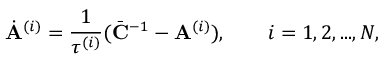
\dot { \mathbf { A } } ^ { ( i ) } = \frac { 1 } { \tau ^ { ( i ) } } ( \bar { \mathbf { C } } ^ { - 1 } - \mathbf { A } ^ { ( i ) } ) , \quad \quad i = 1 , 2 , . . . , N ,